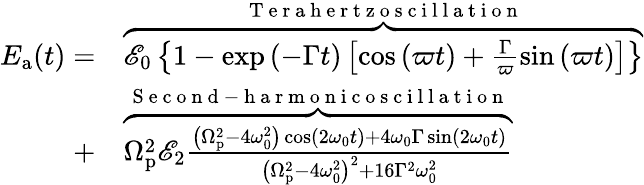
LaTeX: \begin{array}{rl}{E_{\mathrm{a}}(t)=}&{{}\overbrace{\mathscr{E}_{0}\left\{ 1-\exp{\left(-\Gamma t\right)}\left[\cos\left(\varpi t\right)+\frac{\Gamma}{\varpi}\sin\left(\varpi t\right)\right]\right\} }^{\mathrm{~T~e~r~a~h~e~r~t~z~o~s~c~i~l~l~a~t~i~o~n~}}}\\ {+}&{{}\overbrace{\Omega_{\mathrm{p}}^{2}\mathscr{E}_{2}\frac{\left(\Omega_{\mathrm{p}}^{2}-4\omega_{0}^{2}\right)\cos(2\omega_{0}t)+4\omega_{0}\Gamma\sin(2\omega_{0}t)}{\left(\Omega_{\mathrm{p}}^{2}-4\omega_{0}^{2}\right)^{2}+16\Gamma^{2}\omega_{0}^{2}}}^{\mathrm{~S~e~c~o~n~d~-~h~a~r~m~o~n~i~c~o~s~c~i~l~l~a~t~i~o~n~}}}\end{array}